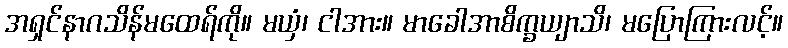
အရှင်နာဂသိန်မထေရ်ကို။ မယှံ၊ ငါအား။ မာခေါအာစိက္ခယျာသိ၊ မပြောကြားလင့်။